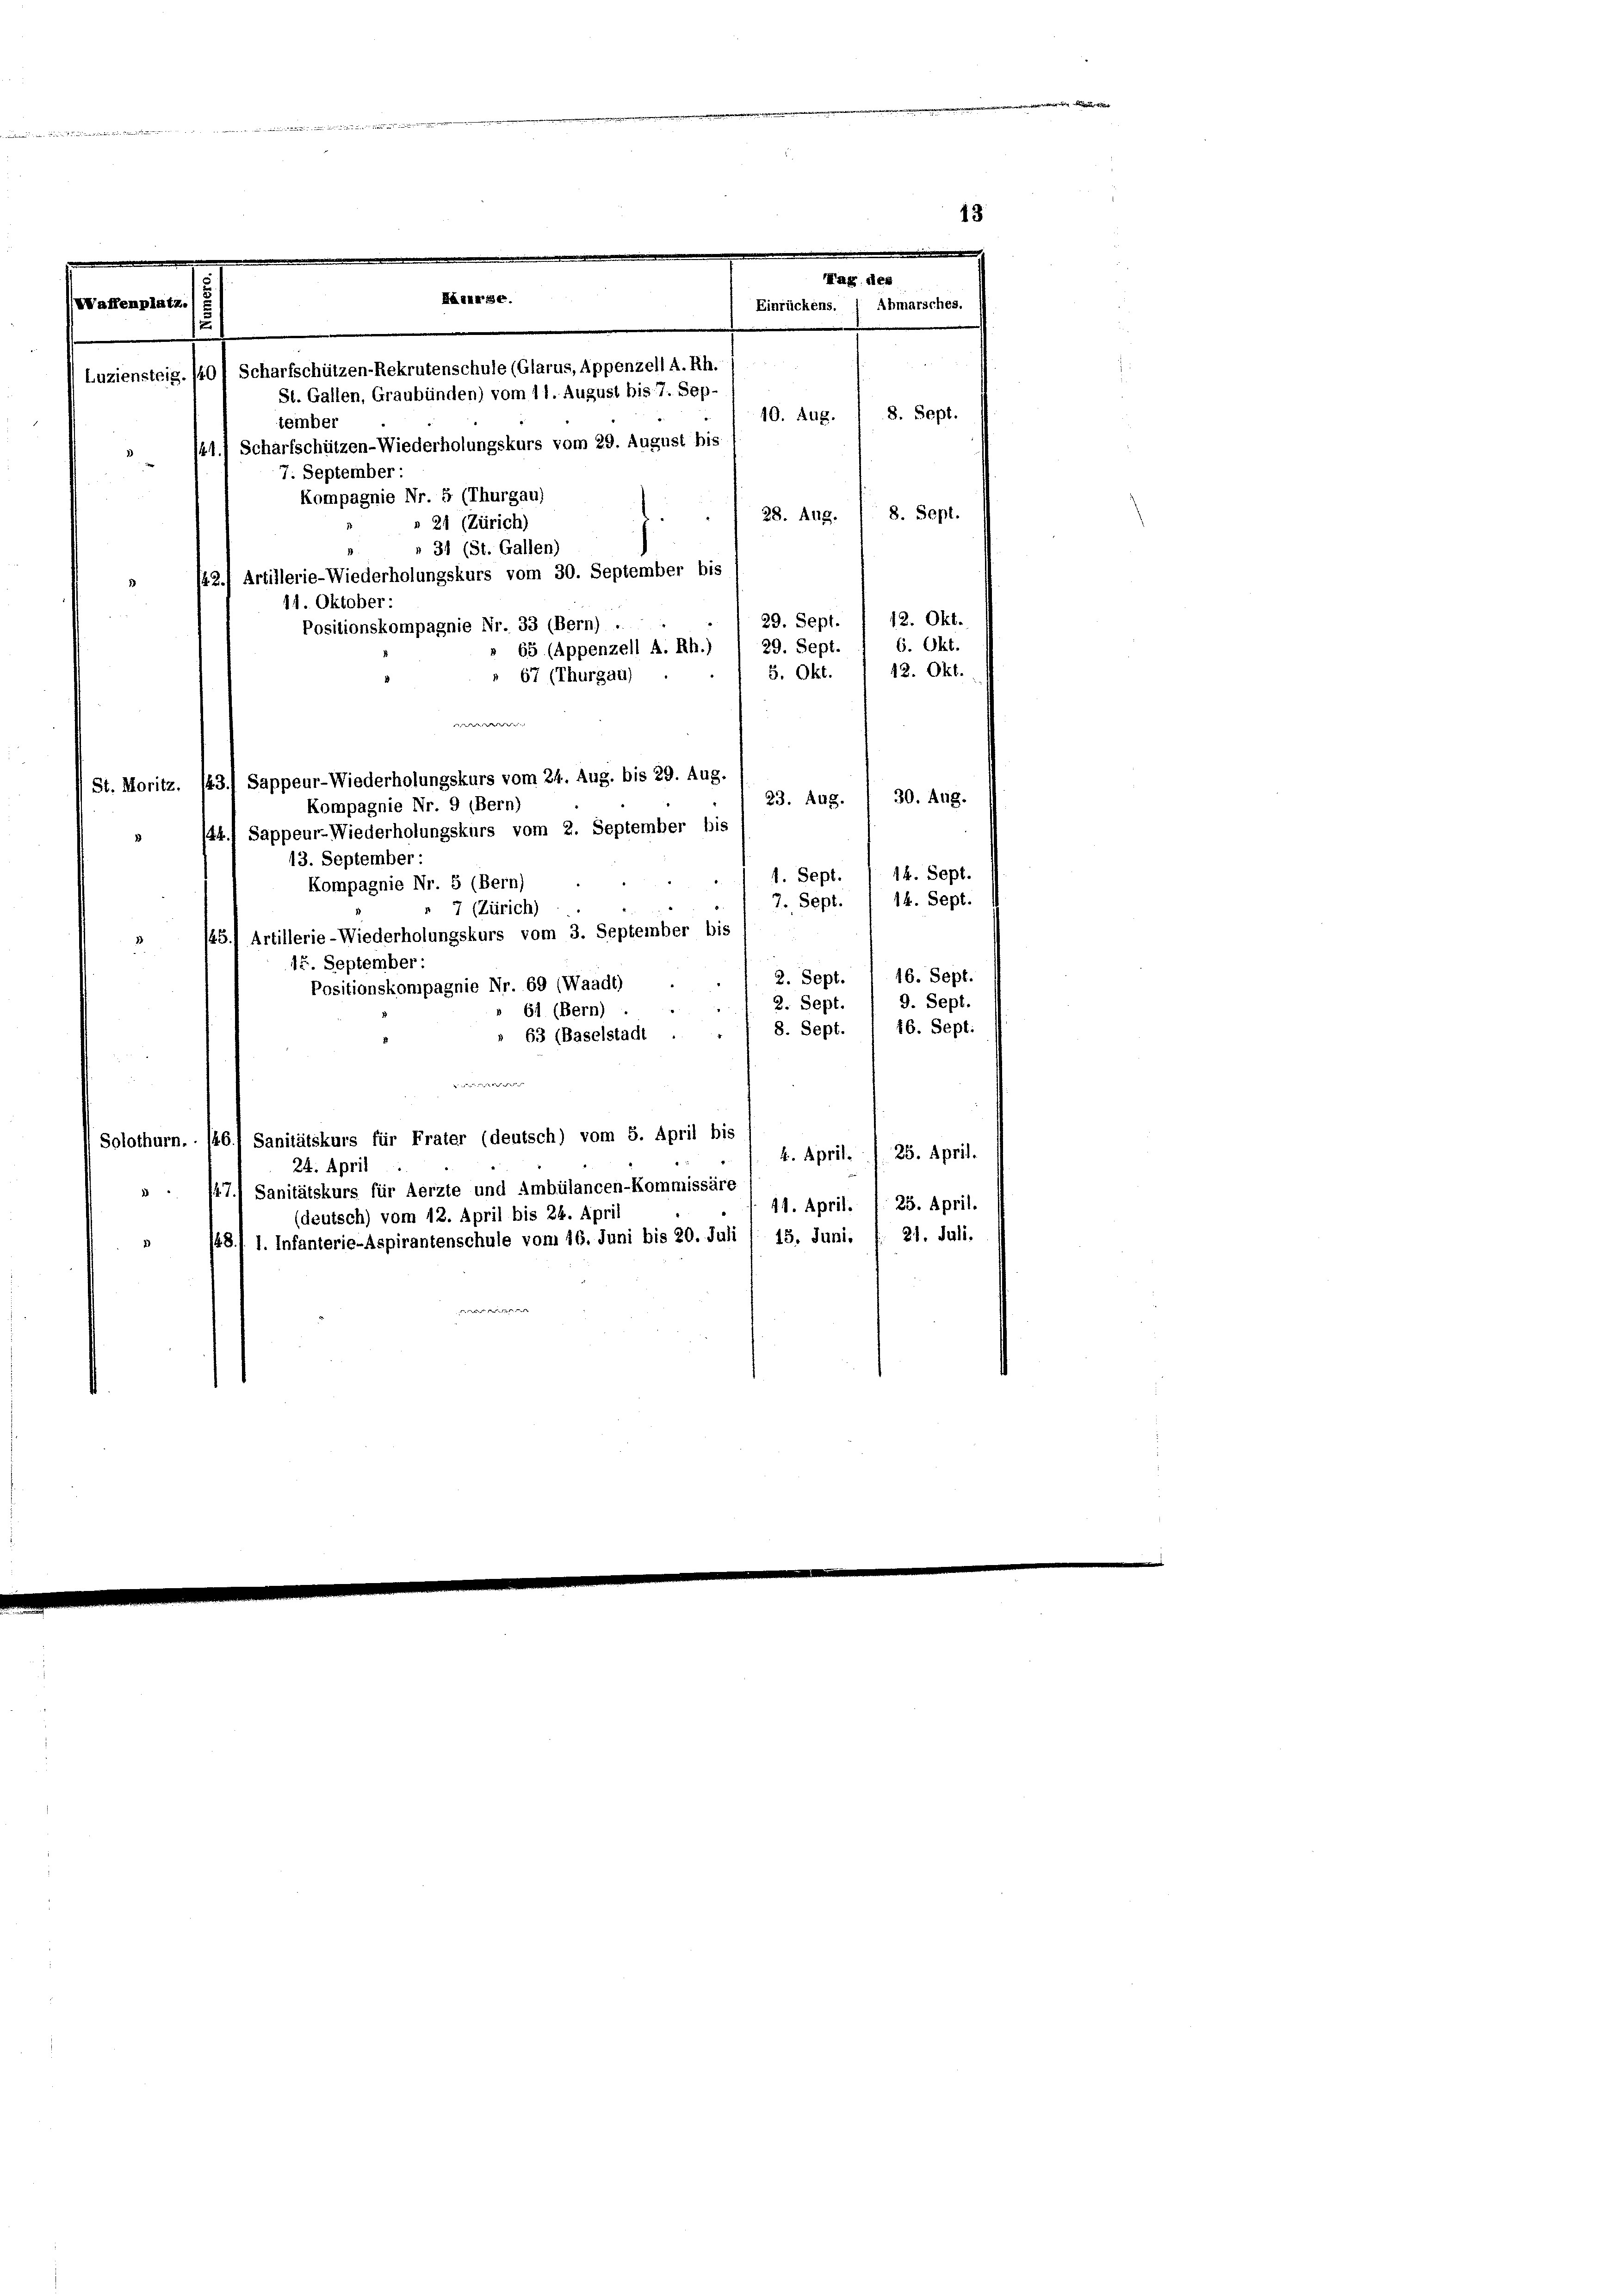
Batte

Mag dies
Härarse.
Waffenplatz
Abmarsches.
Einrückens.
2
8. Sept.
10. Aug.
7. September:
Kompagnie Nr. 5 (Thurgau)
8. Sept.
28. Aug.
» 21 (Zürich)
» 31 (St. Gallen)
42.) Artillerie-Wiederholungskurs vom 30. September bis
11. Oktober:
12. Okt.
29. Sept.
Positionskompagnie Nr. 33 (Bern) .
6. Okt.
29. Sept.
65 (Appenzell A. Rh.)
12. Okt.
5. Okt.
» 67 (Thurgau)

Scharfschützen-Rekrutenschule (Glarus, Appenzell A.Rh.
Luziensteig. 140
St. Gallen, Graubünden) vom 11. August bis 7. Sep-
tember
41.) Scharfschützen-Wiederholungskurs vom 29. August bis

30. Aug.
23. Aug.
44.) Sappeur-Wiederholungskurs vom 2. September bis
13. September:
14. Sept.
1. Sept.
Kompagnie Nr. 5 (Bern)
14. Sept.
7. Sept.
7 (Zürich)
/45.1 Artillerie-Wiederholungskurs vom 3. September bis
15. September:
16. Sept.
2. Sept.
2
Positionskompagnie Nr. 69 (Waadt)
9. Sept.
2. Sept.
 61 (Bern)
8. Sept. 16. Sept:
» 63 (Baselstadt

Solothurn. 146.1 Sanitätskurs für Frater (deutsch) vom 5. April bis
25. April.
4. April.
24. April
471 Sanitätskurs für Aerzte und Ambülancen-Kommissäre
1
41. April. 1 25. April.
(deutsch) vom 12. April bis 24. April
48. 11. Infanterie-Aspirantenschule vom 16. Juni bis 20. Juli / 13. Juni. f. 21. Juli.
de der

d
) St. Moritz. 13.) Sappeur-Wiederholungskurs vom 24. Aug. bis 29. Aug.
Kompagnie Nr. 9 (Bern)